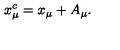
x _ { \mu } ^ { c } = x _ { \mu } + A _ { \mu } .